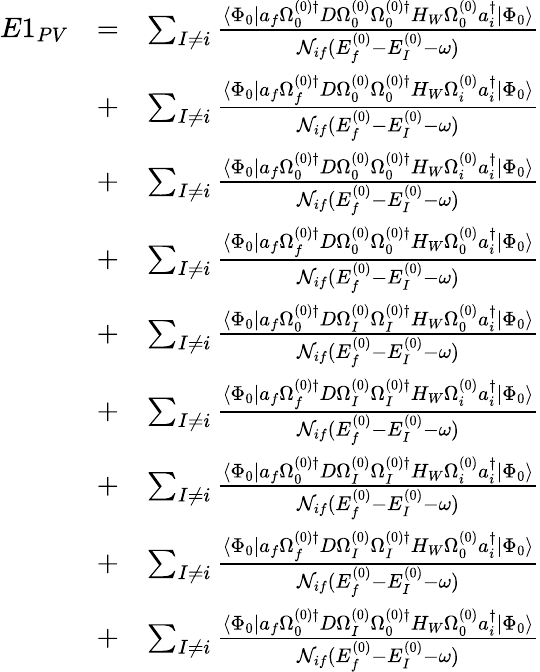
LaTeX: \begin{array}{rlr}{E1_{PV}}&{=}&{\sum_{I\ne i}\frac{\langle\Phi_{0}|a_{f}\Omega_{0}^{(0)\dagger}D\Omega_{0}^{(0)}\Omega_{0}^{(0)\dagger}H_{W}\Omega_{0}^{(0)}a_{i}^{\dagger}|\Phi_{0}\rangle}{{\cal N}_{if}(E_{f}^{(0)}-E_{I}^{(0)}-\omega)}}\\ &{+}&{\sum_{I\ne i}\frac{\langle\Phi_{0}|a_{f}\Omega_{f}^{(0)\dagger}D\Omega_{0}^{(0)}\Omega_{0}^{(0)\dagger}H_{W}\Omega_{i}^{(0)}a_{i}^{\dagger}|\Phi_{0}\rangle}{{\cal N}_{if}(E_{f}^{(0)}-E_{I}^{(0)}-\omega)}}\\ &{+}&{\sum_{I\ne i}\frac{\langle\Phi_{0}|a_{f}\Omega_{0}^{(0)\dagger}D\Omega_{0}^{(0)}\Omega_{0}^{(0)\dagger}H_{W}\Omega_{i}^{(0)}a_{i}^{\dagger}|\Phi_{0}\rangle}{{\cal N}_{if}(E_{f}^{(0)}-E_{I}^{(0)}-\omega)}}\\ &{+}&{\sum_{I\ne i}\frac{\langle\Phi_{0}|a_{f}\Omega_{f}^{(0)\dagger}D\Omega_{0}^{(0)}\Omega_{0}^{(0)\dagger}H_{W}\Omega_{0}^{(0)}a_{i}^{\dagger}|\Phi_{0}\rangle}{{\cal N}_{if}(E_{f}^{(0)}-E_{I}^{(0)}-\omega)}}\\ &{+}&{\sum_{I\ne i}\frac{\langle\Phi_{0}|a_{f}\Omega_{0}^{(0)\dagger}D\Omega_{I}^{(0)}\Omega_{I}^{(0)\dagger}H_{W}\Omega_{0}^{(0)}a_{i}^{\dagger}|\Phi_{0}\rangle}{{\cal N}_{if}(E_{f}^{(0)}-E_{I}^{(0)}-\omega)}}\\ &{+}&{\sum_{I\ne i}\frac{\langle\Phi_{0}|a_{f}\Omega_{f}^{(0)\dagger}D\Omega_{I}^{(0)}\Omega_{I}^{(0)\dagger}H_{W}\Omega_{i}^{(0)}a_{i}^{\dagger}|\Phi_{0}\rangle}{{\cal N}_{if}(E_{f}^{(0)}-E_{I}^{(0)}-\omega)}}\\ &{+}&{\sum_{I\ne i}\frac{\langle\Phi_{0}|a_{f}\Omega_{0}^{(0)\dagger}D\Omega_{I}^{(0)}\Omega_{I}^{(0)\dagger}H_{W}\Omega_{i}^{(0)}a_{i}^{\dagger}|\Phi_{0}\rangle}{{\cal N}_{if}(E_{f}^{(0)}-E_{I}^{(0)}-\omega)}}\\ &{+}&{\sum_{I\ne i}\frac{\langle\Phi_{0}|a_{f}\Omega_{f}^{(0)\dagger}D\Omega_{I}^{(0)}\Omega_{I}^{(0)\dagger}H_{W}\Omega_{0}^{(0)}a_{i}^{\dagger}|\Phi_{0}\rangle}{{\cal N}_{if}(E_{f}^{(0)}-E_{I}^{(0)}-\omega)}}\\ &{+}&{\sum_{I\ne i}\frac{\langle\Phi_{0}|a_{f}\Omega_{0}^{(0)\dagger}D\Omega_{I}^{(0)}\Omega_{0}^{(0)\dagger}H_{W}\Omega_{0}^{(0)}a_{i}^{\dagger}|\Phi_{0}\rangle}{{\cal N}_{if}(E_{f}^{(0)}-E_{I}^{(0)}-\omega)}}\end{array}